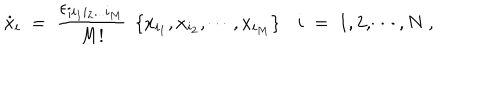
\dot { x } _ { i } \; = \; \frac { \epsilon _ { i i _ { 1 } i _ { 2 } . . . i _ { M } } } { M ! } \ \left\{ x _ { i _ { 1 } } , x _ { i _ { 2 } } , \cdots , x _ { i _ { M } } \right\} \ \ \ i \; = \; 1 , 2 , \cdots , N \ ,